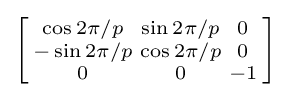
\left[{\begin{smallmatrix}\cos 2\pi /p&\sin 2\pi /p&0\\-\sin 2\pi /p&\cos 2\pi /p&0\\0&0&-1\\\end{smallmatrix}}\right]